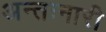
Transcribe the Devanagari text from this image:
अन्तःनारी